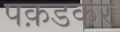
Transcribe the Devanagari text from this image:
पक़डकर